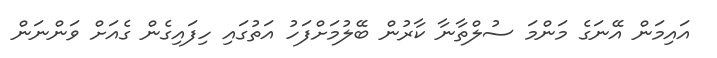
އައިމަން އޭނަގެ މަންމަ ސުލްތާނާ ކާރުން ބޭލުމަށްފަހު އަތުގައި ހިފައިގެން ގެއަށް ވަންނަން